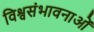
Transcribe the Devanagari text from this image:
विश्वसंभावनाओं